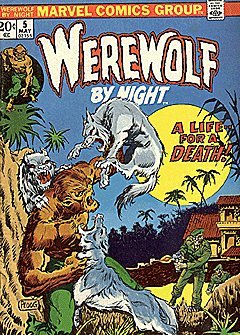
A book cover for Werewolf by Night (1972, 1st series) #5; Marvel; Comics & Graphic Novels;